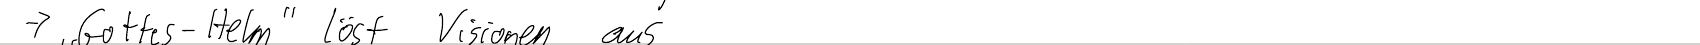
-> "Gottes-Helm" löst Visionen aus